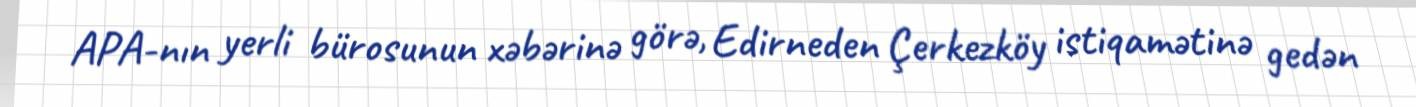
APA-nın yerli bürosunun xəbərinə görə, Edirneden Çerkezköy istiqamətinə gedən